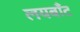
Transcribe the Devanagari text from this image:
लयबाँट